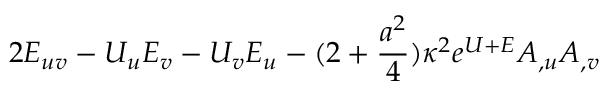
2 E _ { u v } - U _ { u } E _ { v } - U _ { v } E _ { u } - ( 2 + { \frac { a ^ { 2 } } { 4 } } ) \kappa ^ { 2 } e ^ { U + E } A _ { , u } A _ { , v }